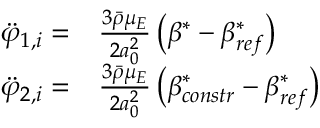
\begin{array} { r l } { \ddot { \varphi } _ { 1 , i } = } & { { } \frac { 3 \bar { \rho } \mu _ { E } } { 2 a _ { 0 } ^ { 2 } } \left( \beta ^ { * } - \beta _ { r e f } ^ { * } \right) } \\ { \ddot { \varphi } _ { 2 , i } = } & { { } \frac { 3 \bar { \rho } \mu _ { E } } { 2 a _ { 0 } ^ { 2 } } \left( \beta _ { c o n s t r } ^ { * } - \beta _ { r e f } ^ { * } \right) } \end{array}